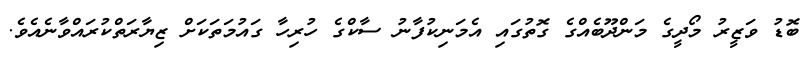
ބޮޑު ވަޒީރު މޯދީގެ މަންދޫބެއްގެ ގޮތުގައި އެމަނިކުފާނު ސާކްގެ ހުރިހާ ގައުމަތަކަށް ޒިޔާރަތްކުރައްވާނެއެވެ.